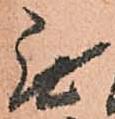
無